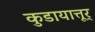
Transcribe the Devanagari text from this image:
कुडायात्तूर्